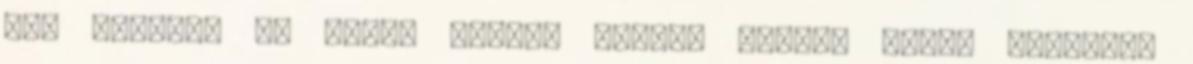
sok mindent el lehet érni.” Gyurta Dániel Kapás Boglárka